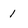
Character: 1